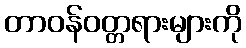
တာဝန်ဝတ္တရားများကို